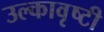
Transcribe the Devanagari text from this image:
उल्कावृष्टी